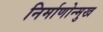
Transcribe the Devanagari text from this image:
निर्माणोन्मुख